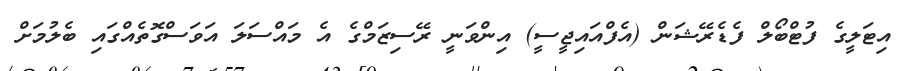
އިޓަލީގެ ފުޓްބޯލް ފެޑެރޭޝަން (އެފްއައިޖީސީ) އިންވަނީ ރޭސިޒަމްގެ އެ މައްސަލަ އަވަސްގޮތެއްގައި ބެލުމަށް